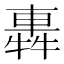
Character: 𨌽